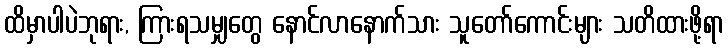
ထိမှာပါပဲဘုရား, ကြားရသမျှတွေ နောင်လာနောက်သား သူတော်ကောင်းများ သတိထားဖို့ရာ